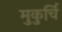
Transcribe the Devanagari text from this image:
मुकुर्चि